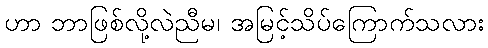
ဟာ ဘာဖြစ်လို့လဲညီမ၊ အမြင့်သိပ်ကြောက်သလား